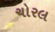
ચોરલ